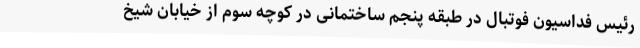
رئیس فداسیون فوتبال در طبقه پنجم ساختمانی در کوچه سوم از خیابان شیخ